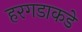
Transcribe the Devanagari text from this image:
हरगडाकडे